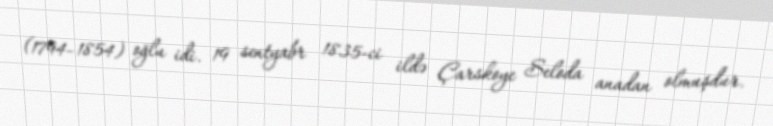
(1794–1854) oğlu idi. 19 sentyabr 1835-ci ildə Çarskoye Seloda anadan olmuşdur.